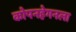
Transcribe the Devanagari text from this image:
कोपनहेगनला